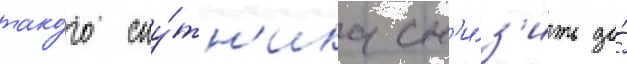
тако́го спу́тн'ика сн'и́з'ить до́